Etiology and epidemiology of plague
Disease focus: Plague
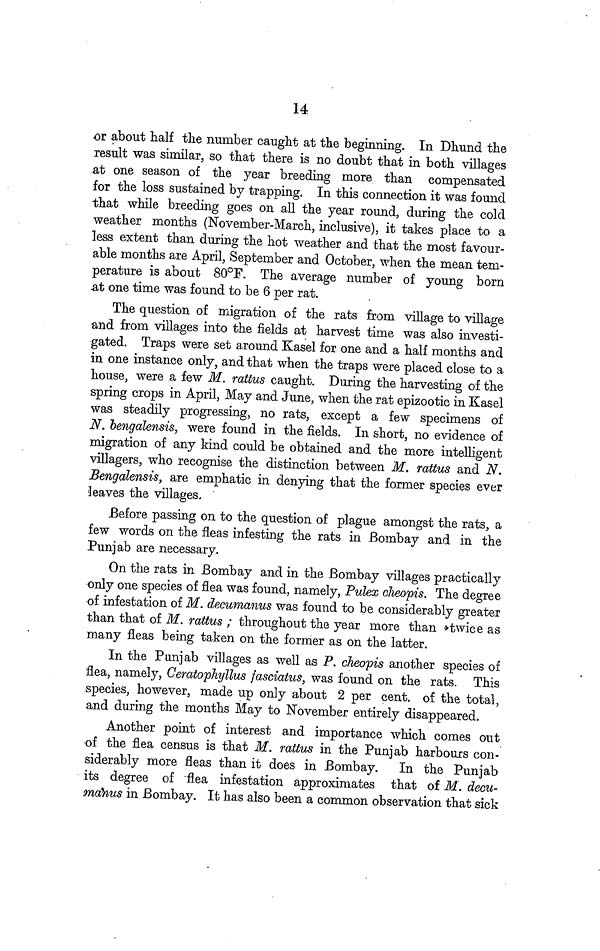
14
or about half the number caught at the beginning. In Dhund the
result was similar, so that there is no doubt that in both villages
at one season of the year breeding more than compensated
for the loss sustained by trapping. In this connection it was found
that while breeding goes on all the year round, during the cold
weather months (November-March, inclusive), it takes place to a
less extent than during the hot weather and that the most favour-
able months are April, September and October, when the mean tem-
perature is about 80°F. The average number of young born
at one time was found to be 6 per rat.
The question of migration of the rats from village to village
and from villages into the fields at harvest time was also investi-
gated. Traps were set around Kasel for one and a half months and
in one instance only, and that when the traps were placed close to a
house, were a few M. rattus caught. During the harvesting of the
spring crops in April, May and June, when the rat epizootic in Kasel
was steadily progressing, no rats, except a few specimens of
N. bengalensis, were found in the fields. In short, no evidence of
migration of any kind could be obtained and the more intelligent
villagers, who recognise the distinction between M. rattus and N.
Bengalensis, are emphatic in denying that the former species ever
leaves the villages.
Before passing on to the question of plague amongst the rats, a
few words on the fleas infesting the rats in Bombay and in the
Punjab are necessary.
On the rats in Bombay and in the Bombay villages practically
only one species of flea was found, namely, Pulex cheopis. The degree
of infestation of M. decumanus was found to be considerably greater
than that of M. rattus ; throughout the year more than twice as
many fleas being taken on the former as on the latter.
In the Punjab villages as well as P. cheopis another species of
flea, namely, Ceratophyllus fasciatus, was found on the rats. This
species, however, made up only about 2 per cent. of the total,
and during the months May to November entirely disappeared.
Another point of interest and importance which comes out
of the flea census is that M. rattus in the Punjab harbours con-
siderably more fleas than it does in Bombay. In the Punjab
its degree of flea infestation approximates that of M. decu-
mahus in Bombay. It has also been a common observation that sick